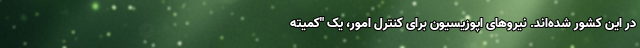
در این کشور شده‌اند. نیروهای اپوزیسیون برای کنترل امور، یک "کمیته